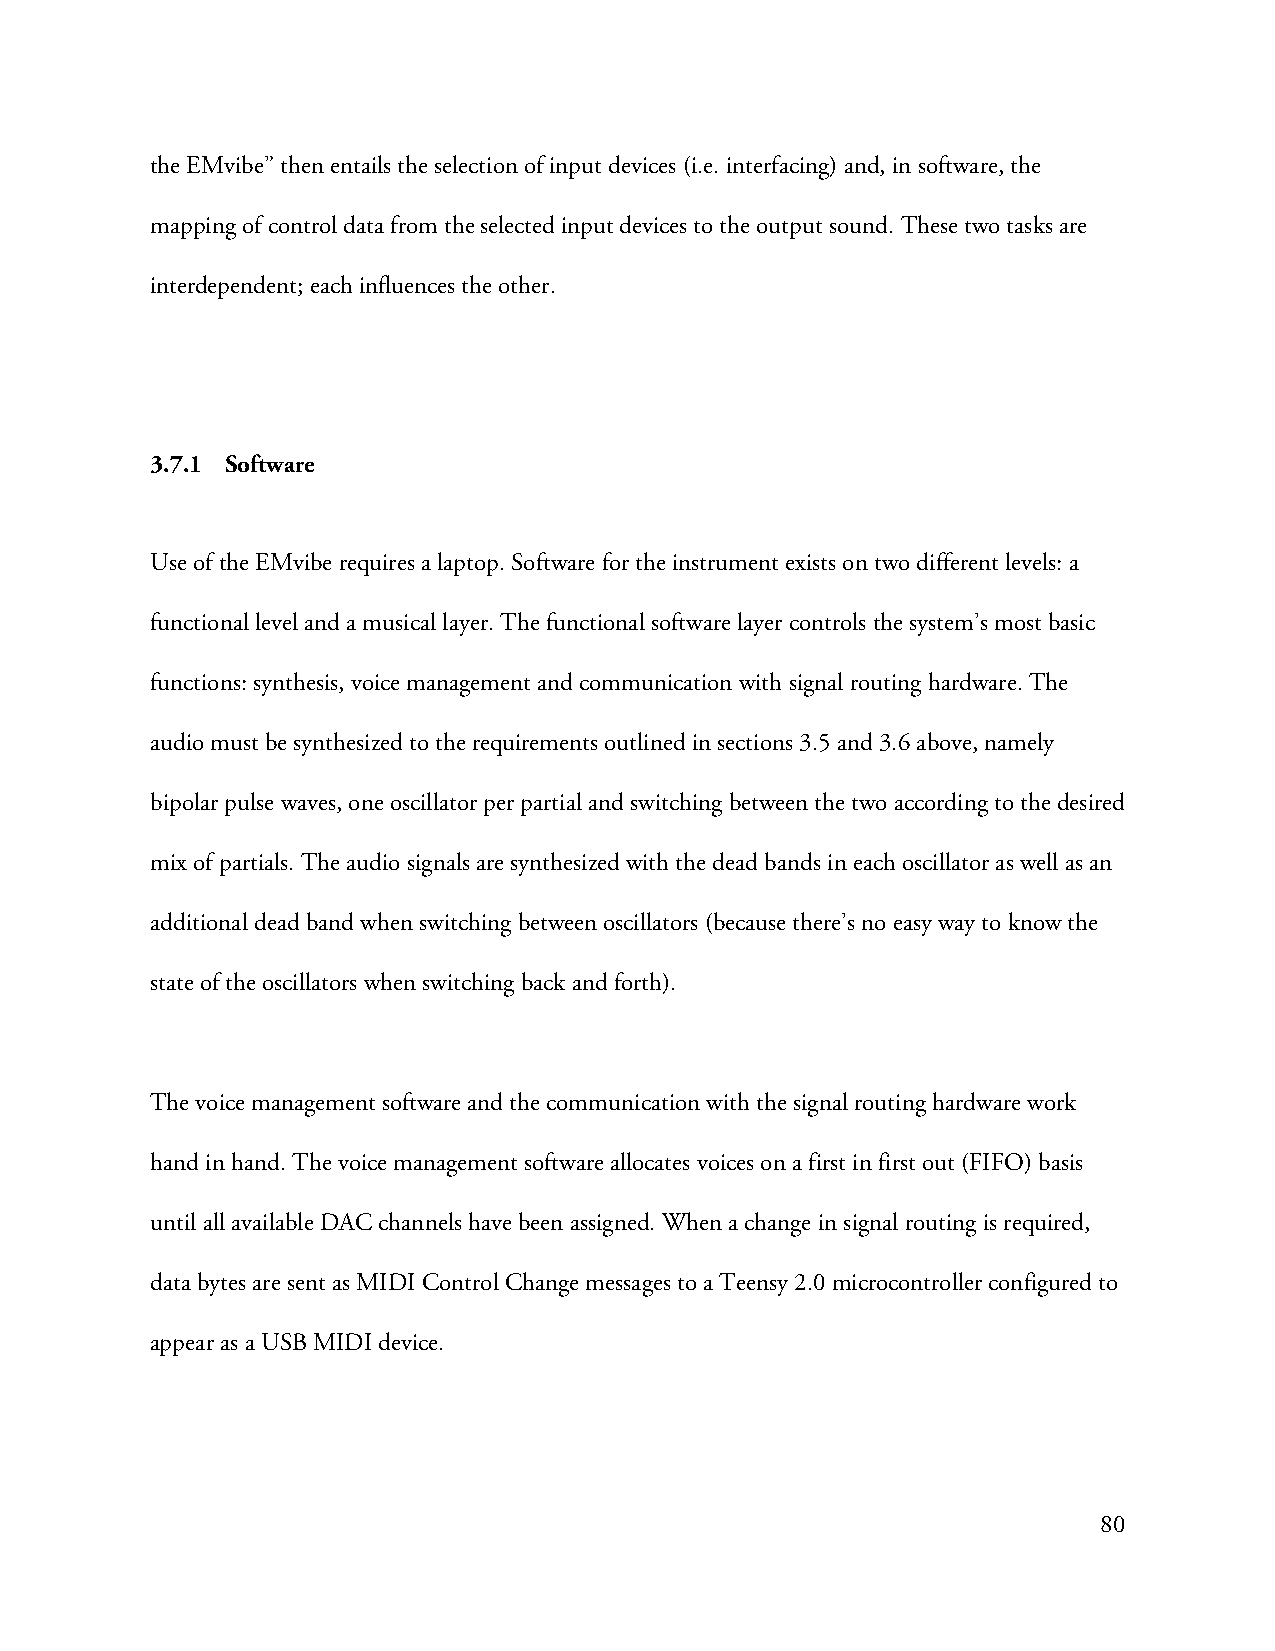
the EMvibe” then entails the selection of input devices (i.e. interfacing) and, in software, the
 mapping of control data from the selected input devices to the output sound. These two tasks are
 interdependent; each influences the other.
 3.7.1 Software
 Use of the EMvibe requires a laptop. Software for the instrument exists on two different levels: a
 functional level and a musical layer. The functional software layer controls the system’s most basic
 functions: synthesis, voice management and communication with signal routing hardware. The
 audio must be synthesized to the requirements outlined in sections 3.5 and 3.6 above, namely
 bipolar pulse waves, one oscillator per partial and switching between the two according to the desired
 mix of partials. The audio signals are synthesized with the dead bands in each oscillator as well as an
 additional dead band when switching between oscillators (because there’s no easy way to know the
 state of the oscillators when switching back and forth).
 The voice management software and the communication with the signal routing hardware work
 hand in hand. The voice management software allocates voices on a first in first out (FIFO) basis
 until all available DAC channels have been assigned. When a change in signal routing is required,
 data bytes are sent as MIDI Control Change messages to a Teensy 2.0 microcontroller configured to
 appear as a USB MIDI device.
 80